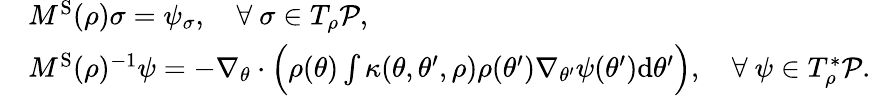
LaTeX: \begin{array}{rl}&{M^{\mathrm{S}}(\rho)\sigma=\psi_{\sigma},\quad\forall~\sigma\in T_{\rho}\mathcal{P},}\\ &{M^{\mathrm{S}}(\rho)^{-1}\psi=-\nabla_{\theta}\cdot\Bigl(\rho(\theta)\int\kappa(\theta,\theta^{\prime},\rho)\rho(\theta^{\prime})\nabla_{\theta^{\prime}}\psi(\theta^{\prime})\mathrm{d}\theta^{\prime}\Bigr),\quad\forall~\psi\in T_{\rho}^{*}\mathcal{P}.}\end{array}